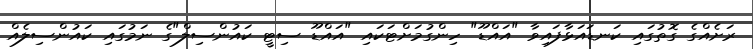
ރަށެއްގެ ގޮތުގައި ކަނޑައަޅާފައިވާ "އައްޑޫ" ހިންގުމަށްޓަކައި "އައްޑޫ ސިޓީ ކައުންސިލް"ގެ ނަމުގައި ކައުންސިލެއް